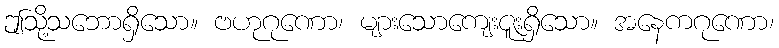
ဤသို့သဘောရှိသော။ ဗဟုဂုဏော၊ များသောကျေးဇူးရှိသော။ အနေကဂုဏော၊